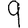
Digit: 9